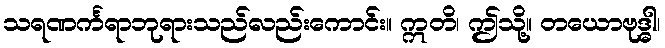
သရဏင်္ကရာဘုရားသည်လည်းကောင်း။ ဣတိ၊ ဤသို့။ တယောဗုဒ္ဓါ၊